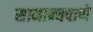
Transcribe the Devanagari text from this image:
सामान्यपाणे